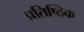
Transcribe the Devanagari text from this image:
प्रतिष्ठिक